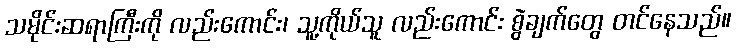
သမိုင်းဆရာကြီးကို လည်းကောင်း၊ သူ့ကိုယ်သူ လည်းကောင်း စွဲချက်တွေ တင်နေသည်။